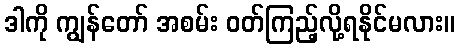
ဒါကို ကျွန်တော် အစမ်း ဝတ်ကြည့်လို့ရနိုင်မလား။